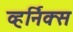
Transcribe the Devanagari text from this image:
व्हर्निक्स